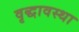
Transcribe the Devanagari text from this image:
वृद्धावस्‍था